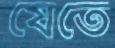
যেতে